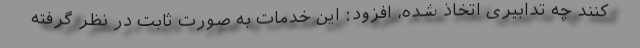
کنند چه تدابیری اتخاذ شده، افزود: این خدمات به صورت ثابت در نظر گرفته